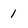
Character: 1